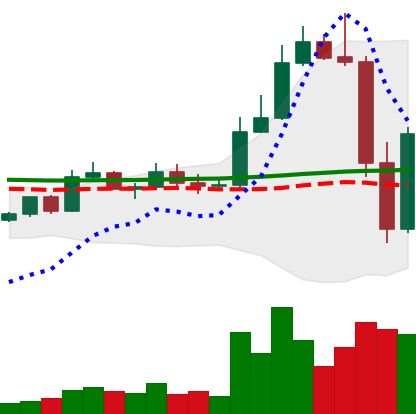
Ticker: LTC-USD
Chart end date: 2022-11-10
Forward return: -3.899%
Label: down_3_5